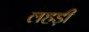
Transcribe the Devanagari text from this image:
लहड़ी